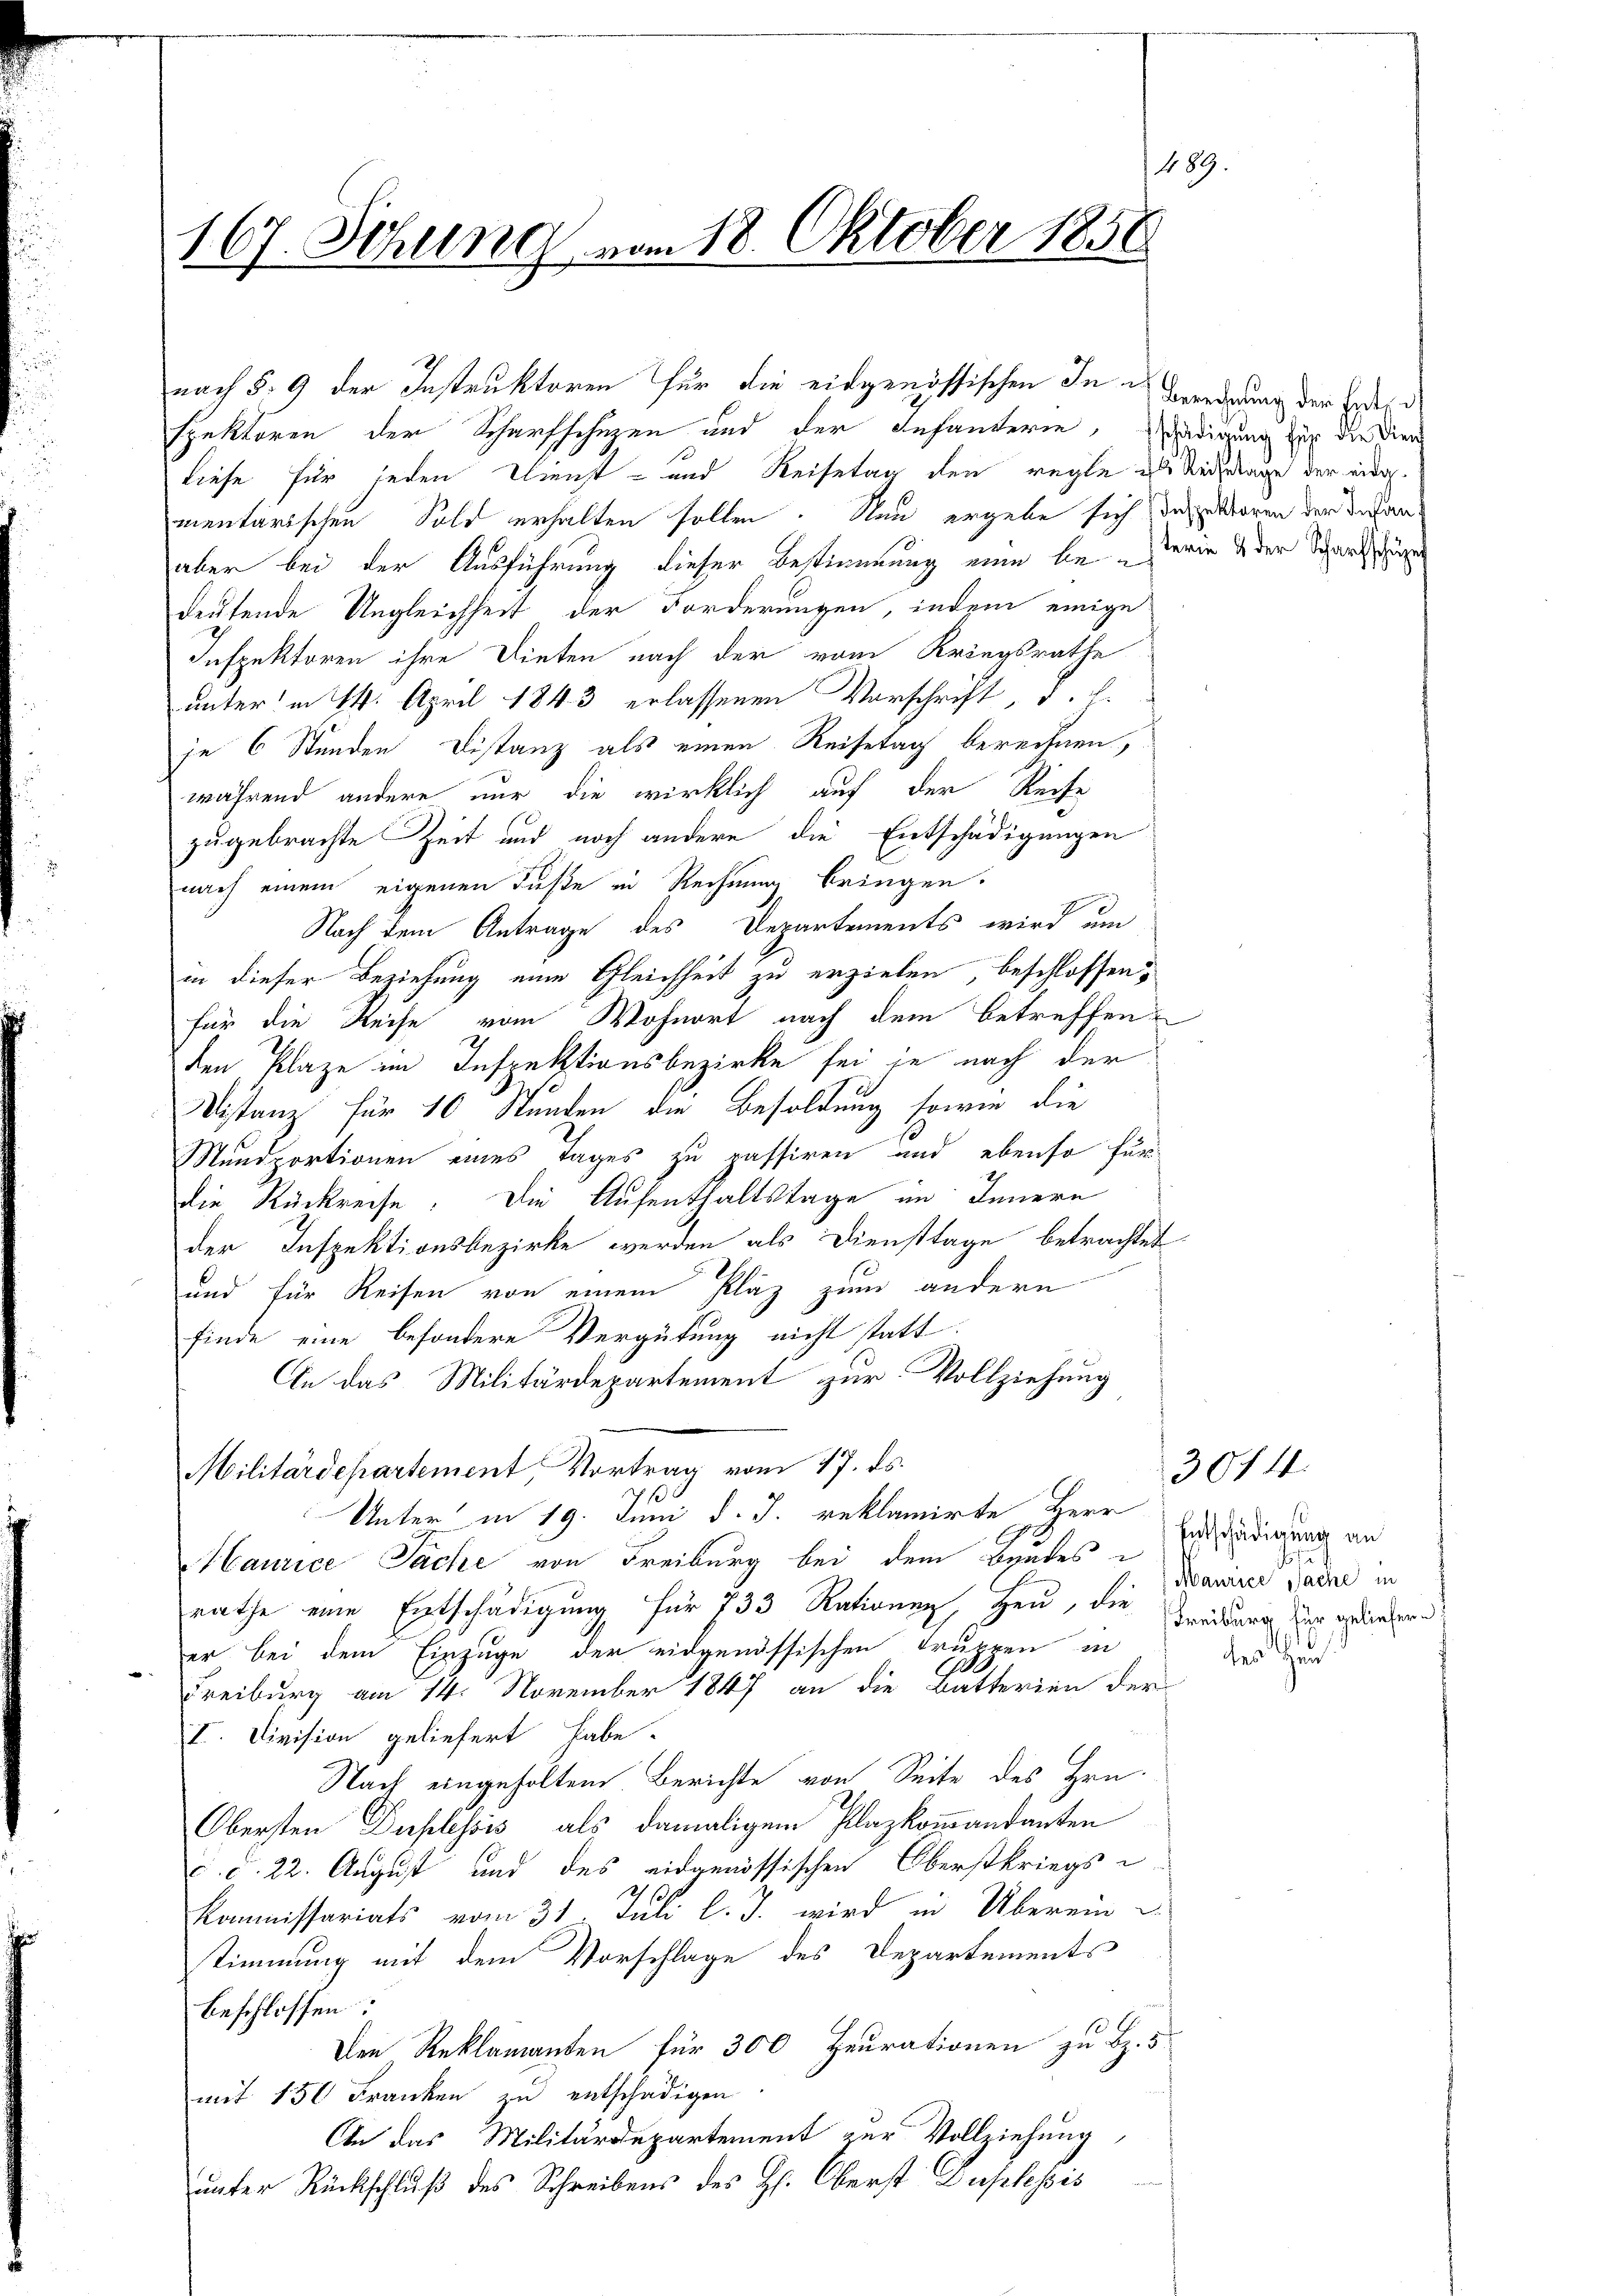
489.
167. Sitzung vom 18. Oktober 1850

nach § 9 der Instruktoren für die eidgenössischen In Berechnung der Erden
spektoren der Scharfschuzen und der Infanterie, schädigung zur die Dien
liefe für jeden Dienst- und Reisetag den regte zu Weisetage der eide
mentarischen Sold erhalten sollen. Nun ergebe sich das waren der Veranaber bei der Ausführung dieser Bestimmung eine besterie & der Schaafschung
deutende Ungleichheit der Forderungen, indem einige
Inspektoren ihre Dieten nach der vom Kriegsrathe
unterm 14. April 1843 erlassenen Vorschrift, d. h.
je 6 Stunden Distanz als einen Reisetag berechnen,
während andere nur die wirklich auf der Reite
zugebrachte Zeit und noch andere die Entschädigungen
nach einem eigenen Fuße in Rechnung bringen.
Nach dem Antrage des Departements wird um
in dieser Beziehung eine Gleichheit zu erzielen, beschlossen?
für die Reise vom Wohnort nach dem betreffenden Klage im Inspektionsbezirke sei in nach der
Distanz für 10 Stunden die Besoldung sowie die
Mundportionen eines Tages zu rassiren und ebenso für
die Rückreise. Die Aufenthaltstage im Innern
der Inspektionsbezirke werden als Diensttage betrachtet
und für Reisen von einem Kläz zum andern
finde eine besondere Vergütung nicht statt.
An das Militärdepartement zur Vollziehung
Militärdepartement Vortrag vom 17. ds.
Unter in 19. Juni d. J. reklamirte Herr
Maurice Sache von Freiburg bei dem Bundes
rathe eine Entschädigung für 733 Rationen, Heu, die Kreisung der gediehen
er bei dem Einzuge der eidgenössischen Truppen in
C
Freiburg am 14. November 1847 an die Batterien der
I. Civision geliefert habe.
Nach eingeholten. Berichte von Seite des Hrn.
Obersten Duplessis als damaligem Plazkommandanten
c. d. 22. August und des eidgenössischen Oberstkriegs-

Kommissariats vom 31. Juli l. J. wird in Überein-
stimmung mit dem Vorschlage des Departements
beschlossen
6
Den Reklamanten für 300 Heurationen zu Bz. 5.
mit 150 Franken zu entschädigen.
An das Militärdepartement zur Vollziehung
unter Rückschluß des Schreibens des H. Oberst Duplesis

Entschädigung an
Maurice Sache in
des Heu

3044.